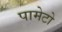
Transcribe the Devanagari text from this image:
पामेटो